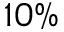
1 0 \%